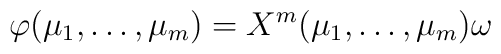
\varphi (\mu_1 , \ldots , \mu_m ) = X^m (\mu_1 , \ldots , \mu_m ) \omega